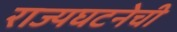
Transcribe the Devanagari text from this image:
राज्यघटनेची